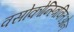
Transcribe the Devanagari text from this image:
वसोकोन्स्त्रिक्तिओन